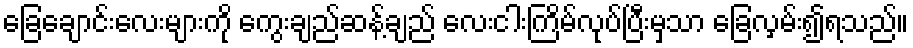
ခြေချောင်းလေးများကို ကွေးချည်ဆန့်ချည် လေးငါးကြိမ်လုပ်ပြီးမှသာ ခြေလှမ်း၍ရသည်။